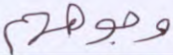
وجوههم